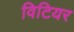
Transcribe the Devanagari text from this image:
विटियर